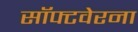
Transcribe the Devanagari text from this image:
सॉफ्टवेरना